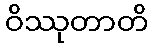
ဝိဿုတာတိ